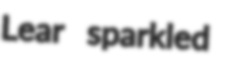
Lear sparkled